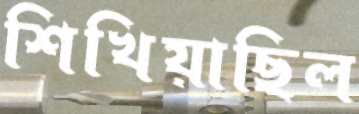
শিখিয়াছিল